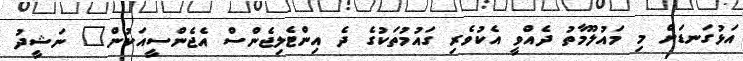
އަޅުގަނޑަށް މި މައުލޫމާތު ދެއްވީ އެކުވެރި ގައުމުތަކުގެ ދެ އިންޓެލިޖެންސް އެޖެންސީއަކުން" ނަޝީދު